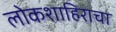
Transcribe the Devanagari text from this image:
लोकशाहिराचा